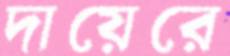
দায়েরে